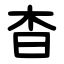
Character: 杳